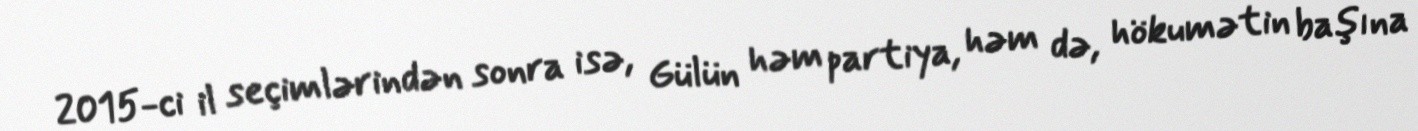
2015-ci il seçimlərindən sonra isə, Gülün həm partiya, həm də, hökumətin başına